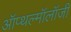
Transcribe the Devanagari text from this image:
ऑप्थल्मॉलॉजी